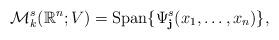
LaTeX: \begin{align*}\mathcal{M}_{k}^{s}(\mathbb{R}^{n};V)=\mathrm{Span}\{\Psi_{\mathbf{j}}^{s}(x_1,\ldots,x_{n})\},\end{align*}